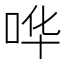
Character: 哗